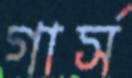
গার্স